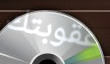
عقوبتك